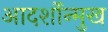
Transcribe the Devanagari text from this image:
आदर्शोन्‍मुख